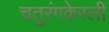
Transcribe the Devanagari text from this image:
चतुरंगकेरली